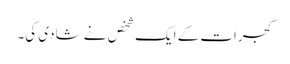
گجرات کے ایک شخص نے شادی کی۔